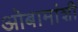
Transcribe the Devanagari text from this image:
ओबामांशी